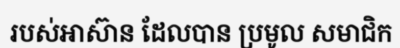
របស់អាស៊ាន ដែលបាន ប្រមូល សមាជិក